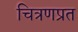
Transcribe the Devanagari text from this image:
चित्रणप्रत